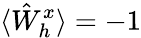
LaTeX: \langle\hat{W}_{h}^{x}\rangle=-1